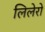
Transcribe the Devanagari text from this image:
लिलेरो